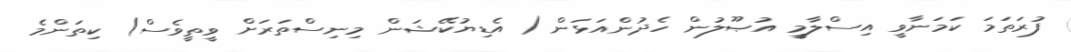
ފުރަތަމަ ކަމަނާވީ އިސްލާމީ އުޞޫލުން ހެދުންއަޅަން ( އެޑިޔުކޭޝަން މިނިސްތަރަށް ވީތީވެސް) ކިތަންމެ